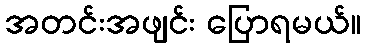
အတင်းအဖျင်း ပြောရမယ်။